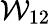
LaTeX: \mathcal{W}_{12}